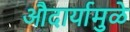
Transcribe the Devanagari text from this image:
औदार्यामुळे